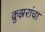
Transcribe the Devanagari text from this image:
क्रुझरांचा